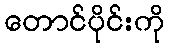
တောင်ပိုင်းကို